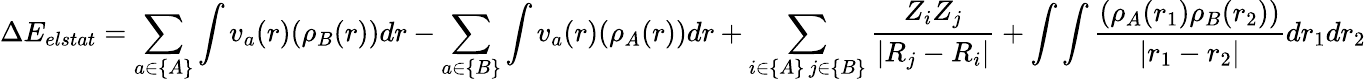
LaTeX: \Delta E_{elstat}=\sum_{a\in\{ A\} }\int v_{a}(r)(\rho_{B}(r))dr-\sum_{a\in\{ B\} }\int v_{a}(r)(\rho_{A}(r))dr+\sum_{\substack{i\in\{ A\} \, j\in\{ B\} }}\frac{Z_{i}Z_{j}}{|R_{j}-R_{i}|}+\int\int\frac{(\rho_{A}(r_{1})\rho_{B}(r_{2}))}{|r_{1}-r_{2}|}dr_{1}dr_{2}